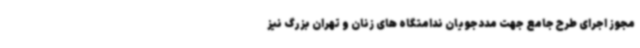
مجوز اجرای طرح جامع جهت مددجویان ندامتگاه های زنان و تهران بزرگ نیز